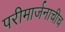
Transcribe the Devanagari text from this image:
परीमार्जनाचीच